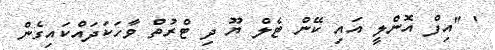
' ''އިފް އޮންލީ އައި ކޭން ޓެލް ޔޫ ދި ޓްރުތް ވާހަކަދައްކައިގެން